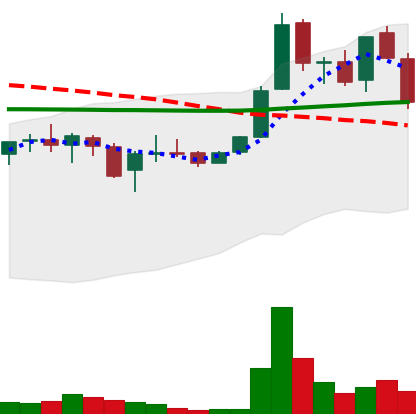
Ticker: LINK-USD
Chart end date: 2019-01-10
Forward return: 46.303%
Label: up_7plus